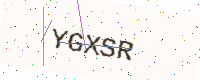
Text: YGXSR